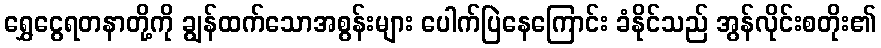
ရွှေငွေရတနာတို့ကို ချွန်ထက်သောအစွန်းများ ပေါက်ပြဲနေကြောင်း ခံနိုင်သည် အွန်လိုင်းစတိုး၏